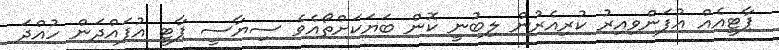
ޕާޓީއެއް އުފަންވިއިރު ކުރިއެރުން ލިބުނީ ކޮން ބަޔަކަށްތޯއެވެ ސިޔާސީ ޕާޓީ އުފައްދަން ހުއްދަ